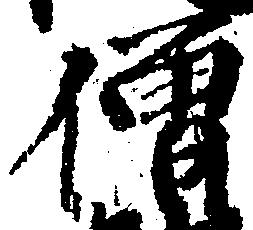
僧